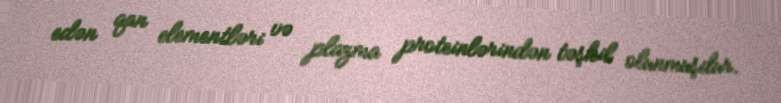
edən qan elementləri və plazma proteinlərindən təşkil olunmuşdur.